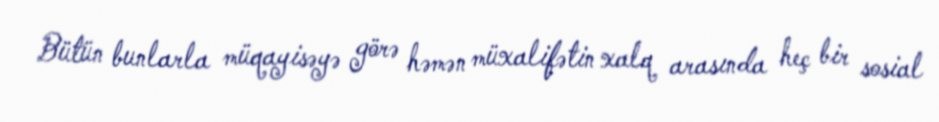
Bütün bunlarla müqayisəyə görə həmən müxalifətin xalq arasında heç bir sosial